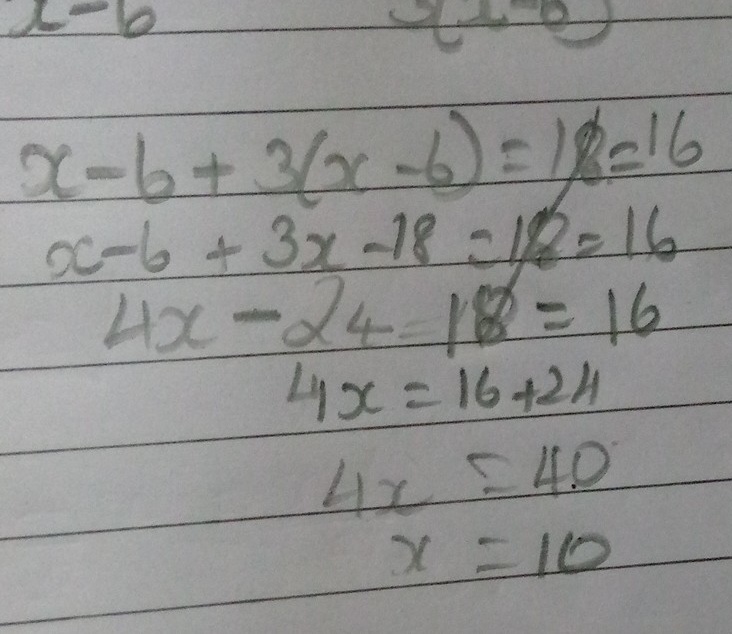
\(x - 6\)  \(3(x - 6)\)
\(x - 6+3(x - 6)=18=16\)
\(x - 6 + 3x-18 = 18=16\)
\(4x - 24 = 18=16\)
\(4x = 16 + 24\)
\(4x = 40\)
\(x = 10\)